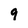
Character: 9